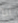
أنا